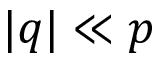
| q | \ll p